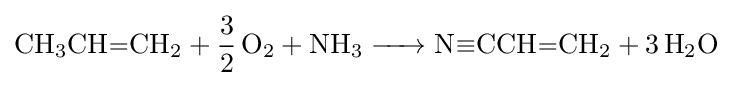
{\ce {CH3CH=CH2 + 3/2 O2 + NH3 -> N#CCH=CH2 + 3 H2O}}